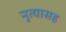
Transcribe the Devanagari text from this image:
नृत्यासह